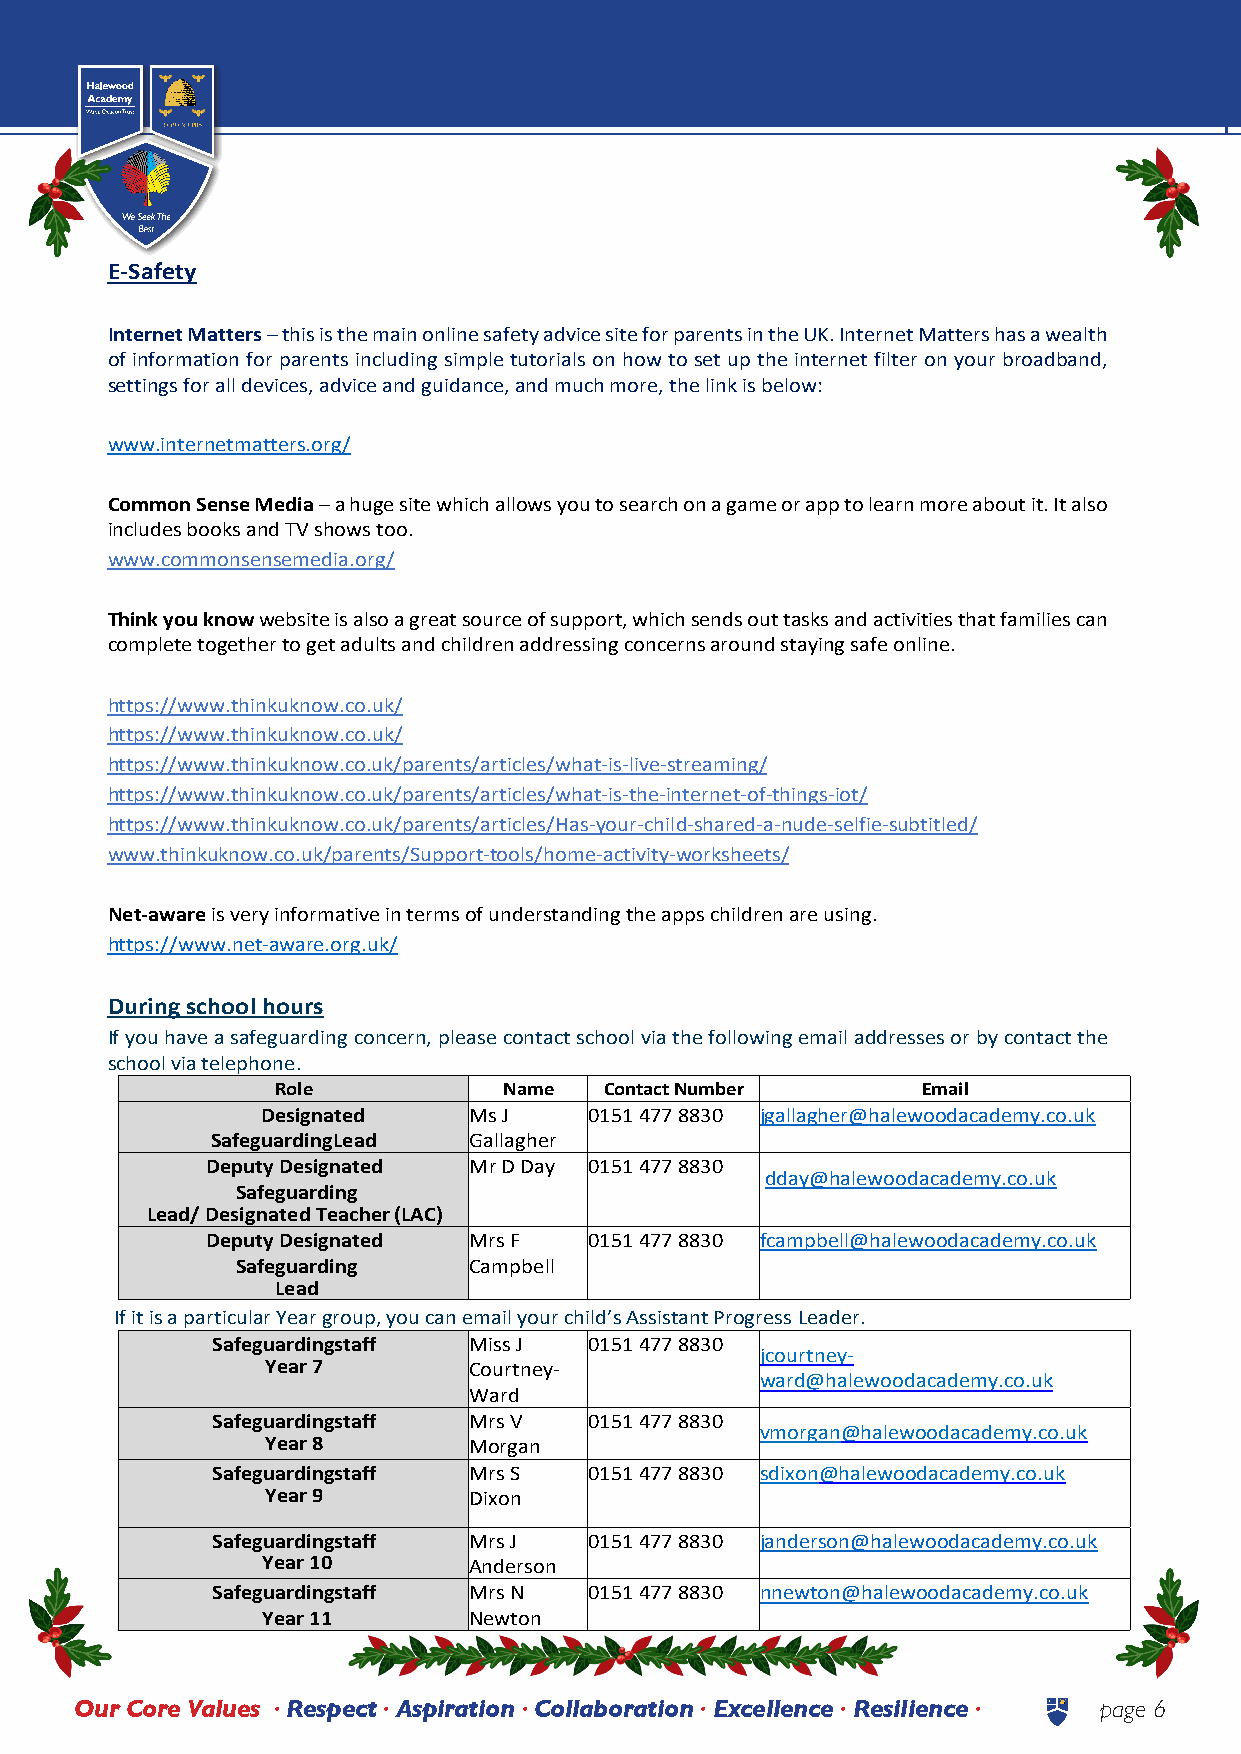
Halewood          Academy          | NEWSLETTER
 E-Safety
 Internet Matters – this is the main online safety advice site for parents in the UK. Internet Matters has a wealth
 of information for parents including simple tutorials on how to set up the internet filter on your broadband,
 settings for all devices, advice and guidance, and much more, the link is below:
 www.internetmatters.org/
 Common Sense Media – a huge site which allows you to search on a game or app to learn more about it. It also
 includes books and TV shows too.
 www.commonsensemedia.org/
 Think you know website is also a great source of support, which sends out tasks and activities that families can
 complete together to get adults and children addressing concerns around staying safe online.
 https://www.thinkuknow.co.uk/
 https://www.thinkuknow.co.uk/
 https://www.thinkuknow.co.uk/parents/articles/what-is-live-streaming/
 https://www.thinkuknow.co.uk/parents/articles/what-is-the-internet-of-things-iot/
 https://www.thinkuknow.co.uk/parents/articles/Has-your-child-shared-a-nude-selfie-subtitled/
 www.thinkuknow.co.uk/parents/Support-tools/home-activity-worksheets/
 Net-aware is very informative in terms of understanding the apps children are using.
 https://www.net-aware.org.uk/
 During school hours
 If you have a safeguarding concern, please contact school via the following email addresses or by contact the
 school via telephone.
 Role           Name   Contact Number       Email
 Designated    Ms J    0151 477 8830 jgallagher@halewoodacademy.co.uk
 Safeguarding Lead Gallagher
 Deputy Designated Mr D Day 0151 477 8830
 dday@halewoodacademy.co.uk
 Safeguarding
 Lead/ Designated Teacher (LAC)
 Deputy Designated Mrs F  0151 477 8830 fcampbell@halewoodacademy.co.uk
 Safeguarding   Campbell
 Lead
 If it is a particular Year group, you can email your child’s Assistant Progress Leader.
 Safeguarding staff Miss J 0151 477 8830
 jcourtney-
 Year 7       Courtney-
 ward@halewoodacademy.co.uk
 Ward
 Safeguarding staff Mrs V 0151 477 8830
 vmorgan@halewoodacademy.co.uk
 Year 8       Morgan
 Safeguarding staff Mrs S 0151 477 8830 sdixon@halewoodacademy.co.uk
 Year 9       Dixon
 Safeguarding staff Mrs J 0151 477 8830 janderson@halewoodacademy.co.uk
 Year 10       Anderson
 Safeguarding staff Mrs N 0151 477 8830 nnewton@halewoodacademy.co.uk
 Year 11       Newton
 Our Core Values • Respect • Aspiration • Collaboration • Excellence • Resilience • page 6